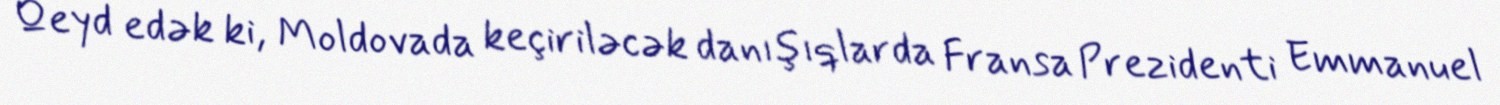
Qeyd edək ki, Moldovada keçiriləcək danışıqlarda Fransa Prezidenti Emmanuel